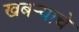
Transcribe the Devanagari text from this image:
खबर्‍याचे